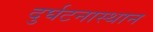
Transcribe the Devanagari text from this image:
दुर्घटनास्थान